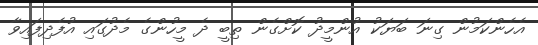
އެހެންކަމުން ގިނަ ބަޔަކު އުންމީދު ކޮށްގެން ތިބީ ދެ މީހުންގެ މެދުގައި އުފެދިފައިވާ